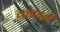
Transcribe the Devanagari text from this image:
कोलबं